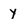
Character: y